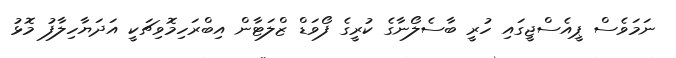
ނަމަވެސް ޕީއެސްޖީގައި ހުރީ ބާސެލޯނާގެ ކުރީގެ ފޯވަޑް ޒްލަޓާން އިބްރަހިމޮވިޗަކީ އަދަޔާހިލާފު މޮޅު